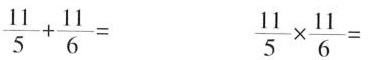
$$\frac { 1 1 } { 5 } + \frac { 1 1 } { 6 } =$$ $$\frac { 1 1 } { 5 } \times \frac { 1 1 } { 6 } =$$